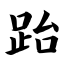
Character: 跆